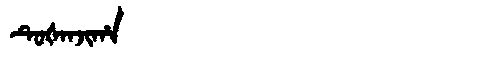
Manchu: ᡨᡠᡧᠠᠨᠵᡳᡥᠠ
Romanization: TUŠANJIHA